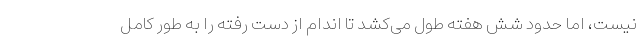
نیست، اما حدود شش هفته طول می‌کشد تا اندام از دست رفته را به طور کامل